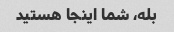
بله، شما اینجا هستید